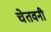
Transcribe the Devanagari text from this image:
चेतवनी